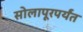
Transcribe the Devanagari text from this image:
सोलापूरपर्यंत